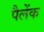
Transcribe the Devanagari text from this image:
पैलेंक